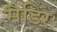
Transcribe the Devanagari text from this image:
सैडिर